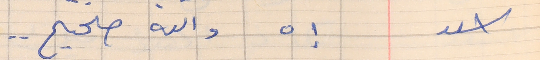
اسعد        إه والله صحيح . .